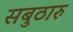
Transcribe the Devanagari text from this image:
सबुठारु